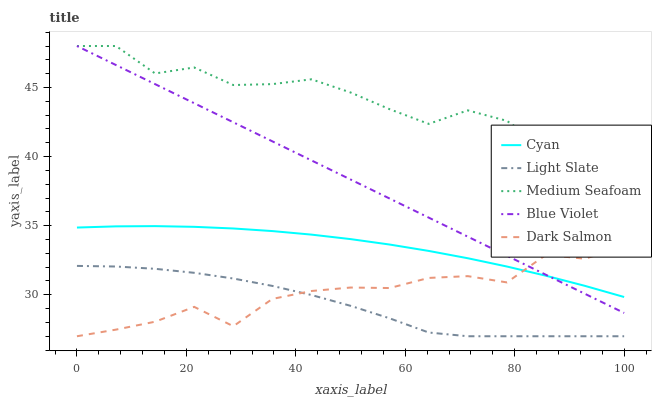
| xaxis_label | Cyan | Light Slate | Medium Seafoam | Blue Violet | Dark Salmon |
 | --- | --- | --- | --- | --- | --- |
 | 0 | 34.9 | 32.1 | 48 | 48 | 27 |
 | 7.14 | 35 | 32 | 48 | 46.6 | 27.5 |
 | 14.3 | 35 | 31.9 | 46 | 45.2 | 28.1 |
 | 21.4 | 34.9 | 31.6 | 46.4 | 43.9 | 29.1 |
 | 28.6 | 34.8 | 31.2 | 45.2 | 42.5 | 27.7 |
 | 35.7 | 34.6 | 30.6 | 45.2 | 41.1 | 29.7 |
 | 42.9 | 34.4 | 30 | 45.6 | 39.7 | 30.3 |
 | 50 | 34 | 29.2 | 44.6 | 38.3 | 30.5 |
 | 57.1 | 33.6 | 28.3 | 43.4 | 37 | 30.5 |
 | 64.3 | 33.2 | 27.3 | 42.4 | 35.6 | 31.2 |
 | 71.4 | 32.6 | 27 | 43.3 | 34.2 | 31.3 |
 | 78.6 | 32 | 27 | 42.6 | 32.8 | 30.9 |
 | 85.7 | 31.4 | 27 | 40.6 | 31.4 | 32.9 |
 | 92.9 | 30.6 | 27 | 41.4 | 30.1 | 32.6 |
 | 100 | 29.8 | 27 | 39.6 | 28.7 | 33.5 |